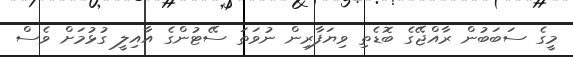
މީގެ ސަބަބުން ރާއްޖޭގެ ބޮޑެތި ވިޔަފާރިިން ނުވަތަ ސޭޓުންގެ އާއިލީ ގުޅުމަށް ވެސް